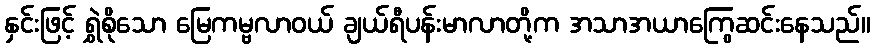
နှင်းဖြင့် ရွှဲစိုသော မြေကမ္ဗလာဝယ် ချယ်ရီပန်းမာလာတို့က အသာအယာကြွေဆင်းနေသည်။